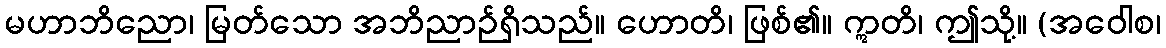
မဟာဘိညော၊ မြတ်သော အဘိညာဉ်ရှိသည်။ ဟောတိ၊ ဖြစ်၏။ ဣတိ၊ ဤသို့။ (အဝေါစ၊